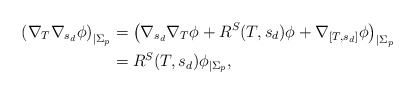
\begin{align*}\left( \nabla_T \nabla_{s_d} \phi \right)_{|\Sigma_p} & = \left( \nabla_{s_d} \nabla_{T} \phi + R^{S}(T,s_d) \phi + \nabla_{[T,s_d]} \phi \right)_{|\Sigma_p} \\& = R^S(T,s_d) \phi_{|\Sigma_p},\end{align*}